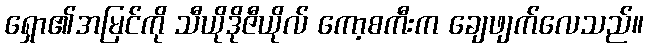
ရှော၏အမြင်ကို သီယိုဒိုဇီယိုလ် ကော့စကီးက ချေဖျက်လေသည်။